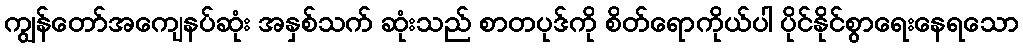
ကျွန်တော်အကျေနပ်ဆုံး အနှစ်သက် ဆုံးသည် စာတပုဒ်ကို စိတ်ရောကိုယ်ပါ ပိုင်နိုင်စွာရေးနေရသော